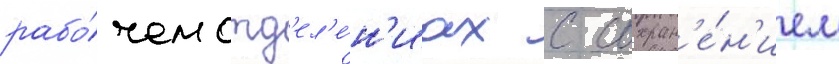
рабо́чем отд'ел'е́н'иах с сохран'е́н'ием